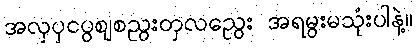
အလှပှငပွဈစညွးတှလညွေး အရမွးမသုံးပါနဲ့။